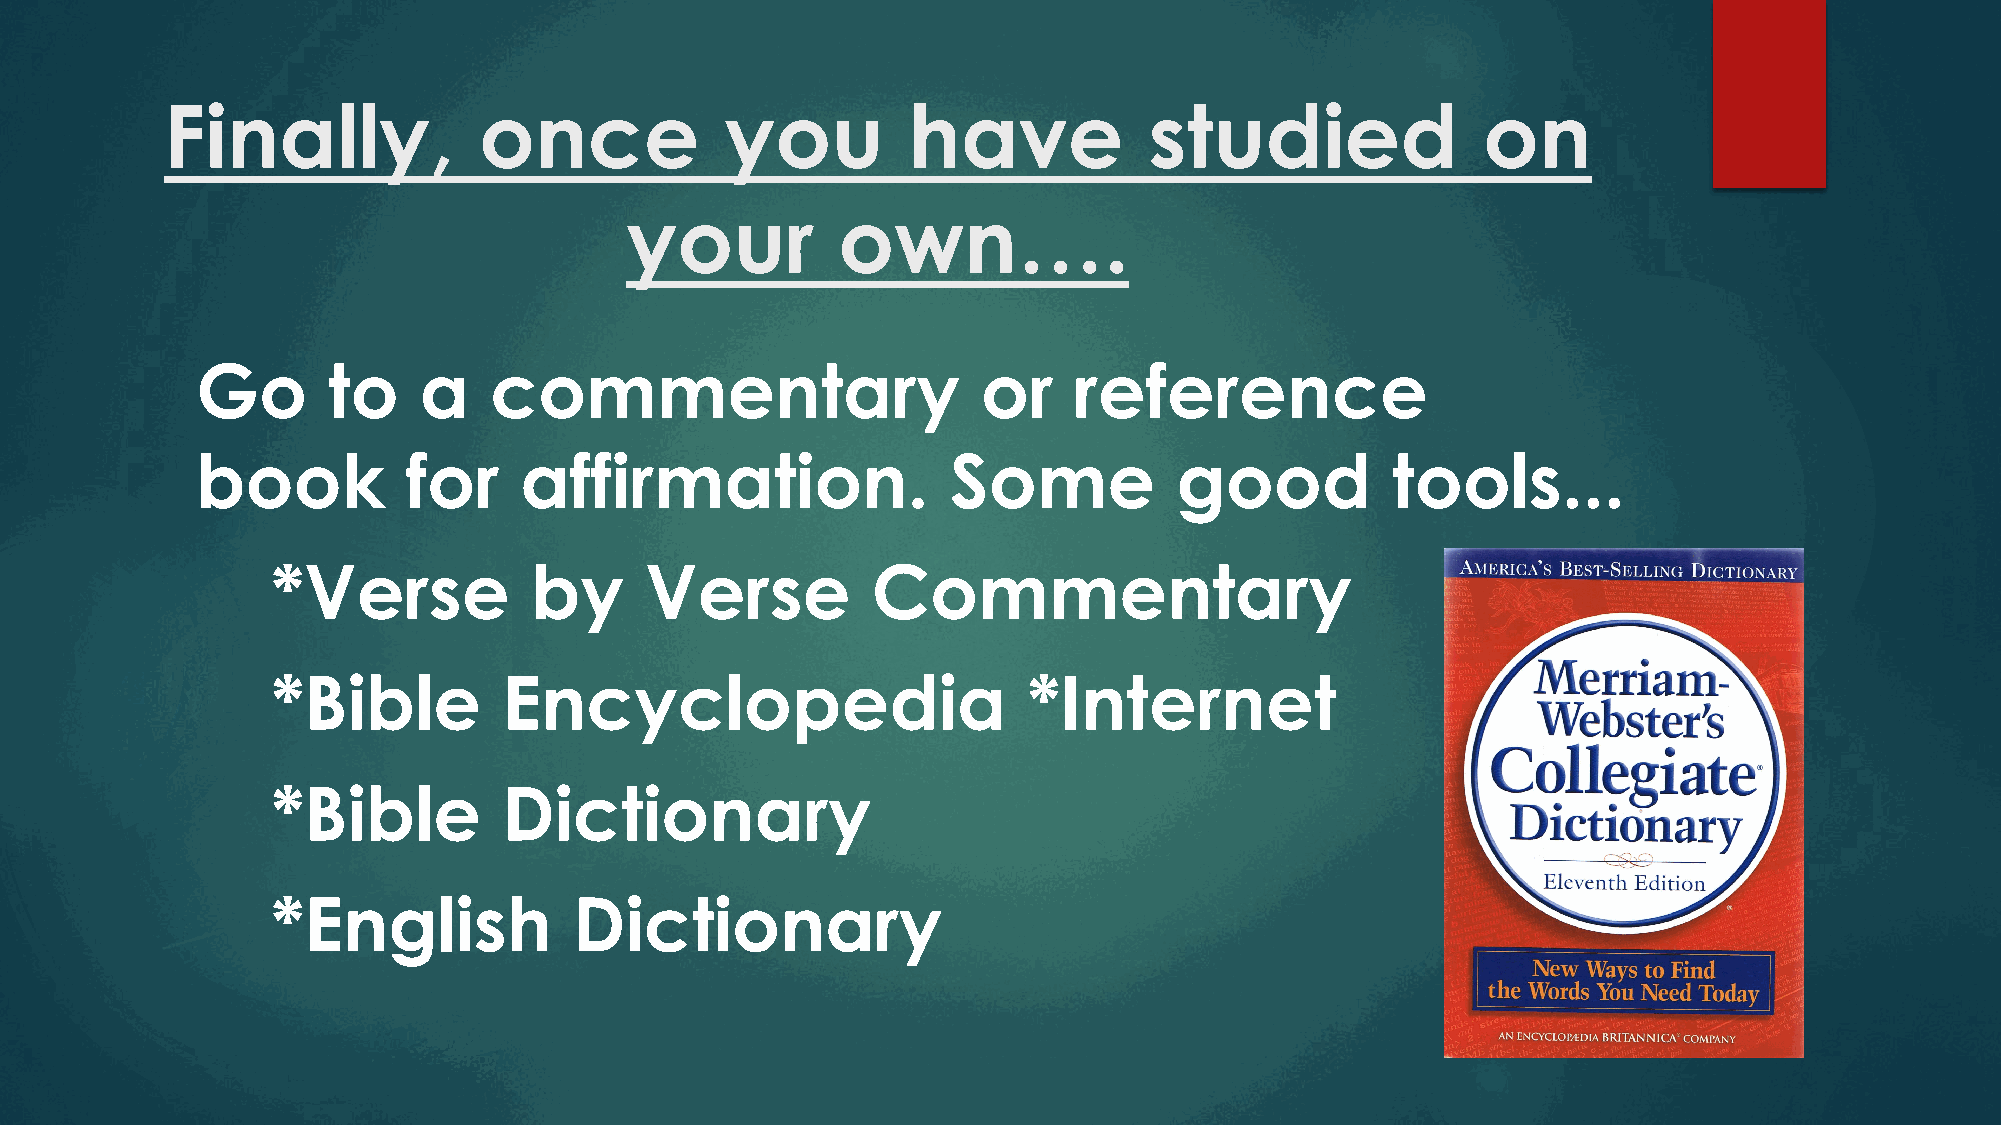
Finally,             once            you         have            studied               on
 your          own….
 Go       to    a   commentary                       or    reference
 book          for    affirmation.                 Some           good          tools...
 *Verse           by      Verse          Commentary
 *Bible         Encyclopedia                       *Internet
 *Bible         Dictionary
 *English            Dictionary